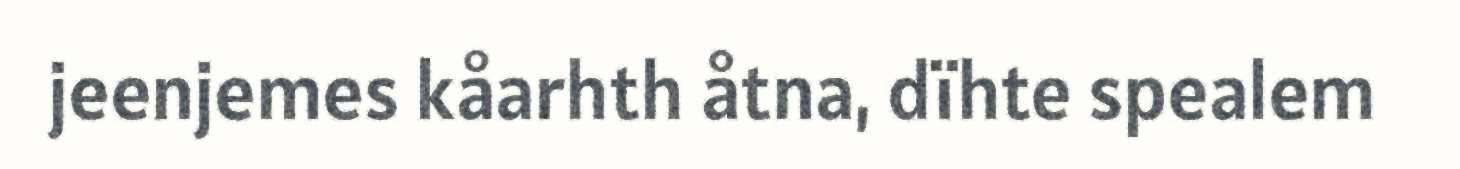
jeenjemes kåarhth åtna, dïhte spealem